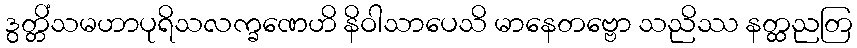
ဒွတ္တိံသမဟာပုရိသလက္ခဏေဟိ နိဝါသာပေသိ မာနေတဗ္ဗော သညိဿ နတ္ထညတြ